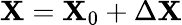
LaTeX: \mathbf{X}=\mathbf{X}_{0}+\Delta\mathbf{X}